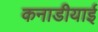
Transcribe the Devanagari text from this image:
कनाडीयाई